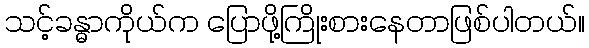
သင့်ခန္ဓာကိုယ်က ပြောဖို့ကြိုးစားနေတာဖြစ်ပါတယ်။